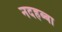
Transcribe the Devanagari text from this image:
नदहब्बा